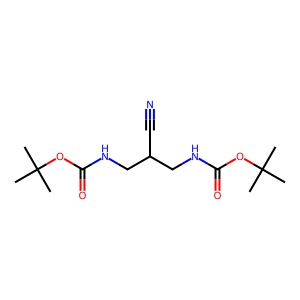
SMILES: CC(C)(C)OC(=O)NCC(C#N)CNC(=O)OC(C)(C)C
Inhibits HIV replication: No